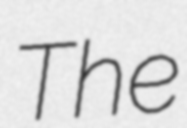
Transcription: The